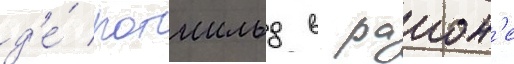
д'е́ ротшильд в раион'е